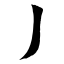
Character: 丿